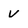
Character: v